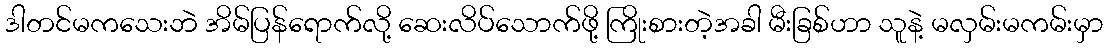
ဒါတင်မကသေးဘဲ အိမ်ပြန်ရောက်လို့ ဆေးလိပ်သောက်ဖို့ ကြိုးစားတဲ့အခါ မီးခြစ်ဟာ သူနဲ့ မလှမ်းမကမ်းမှာ